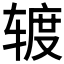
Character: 𰺕